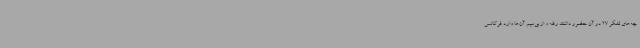
چه‌های لشکر 27 در آن حضور داشتند رفته و از بی‌سیم آن‌ها وارد فرکانس